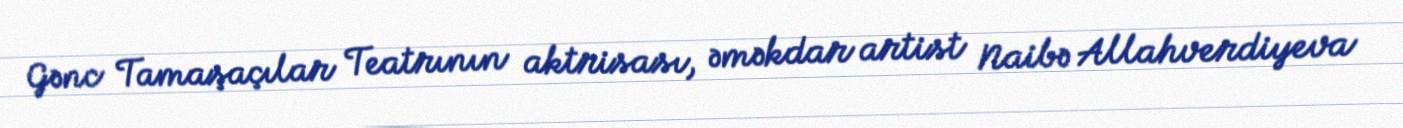
Gənc Tamaşaçılar Teatrının aktrisası, əməkdar artist Naibə Allahverdiyeva